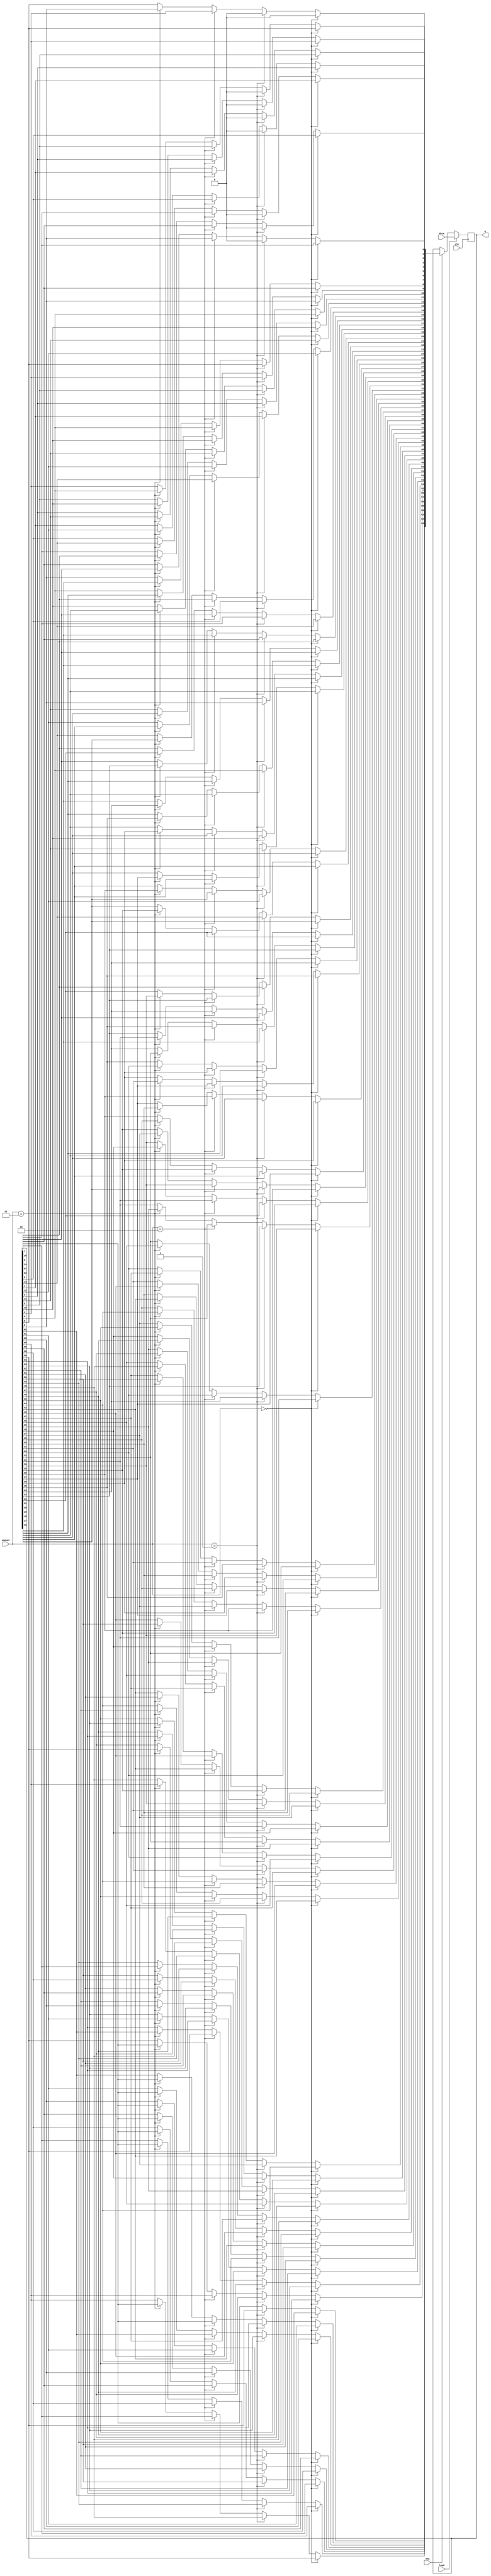
`timescale 1ns / 1ps
//////////////////////////////////////////////////////////////////////////////////
// Company: 
// Engineer: 
// 
// Design Name: 
// Module Name: des
// Project Name: 
// Target Devices: 
// Tool Versions: 
// Description: 
// 
// Dependencies: 
// 
// Revision:
// Revision 0.01 - File Created
// Additional Comments:
// 
//////////////////////////////////////////////////////////////////////////////////


module des(
    input clk,
    input load,
    input ena,
    input [1:0] amount,
    input [63:0] data,
    output reg [63:0] q 
    );
    integer i;reg temp;
    always @ (posedge clk) begin
    if(load)
    q<=data;
    else if(ena) begin
    if(amount==0) begin
    for(i=63;i>0;i=i-1) begin
    q[i]=q[i-1]; end
    q[0]<=0;
    end
    else if(amount==1) begin
    for(i=63;i>7;i=i-1) begin
    q[i]=q[i-8]; end
    for(i=7;i>=0;i=i-1) begin
    q[i]=0;
    end
    end
    else if(amount==2) begin
    for(i=0;i<63;i=i+1) begin
    q[i]=q[i+1];
    end
    end
    else if(amount==3) begin
    for(i=0;i<56;i=i+1) begin
    q[i]=q[i+8];
    end
    for(i=56;i<63;i=i+1) begin
    q[i]=q[63]; end
    end
    end
    end
endmodule